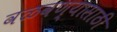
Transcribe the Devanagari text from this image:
वळवण्यासाठी